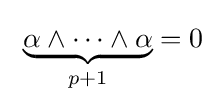
\ {\underset {p+1}{\underbrace {\alpha \wedge \cdots \wedge \alpha } }}=0